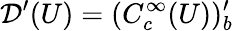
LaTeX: {\mathcal{D}}^{\prime}(U)=(C_{c}^{\infty}(U))_{b}^{\prime}